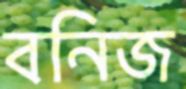
বনিজ